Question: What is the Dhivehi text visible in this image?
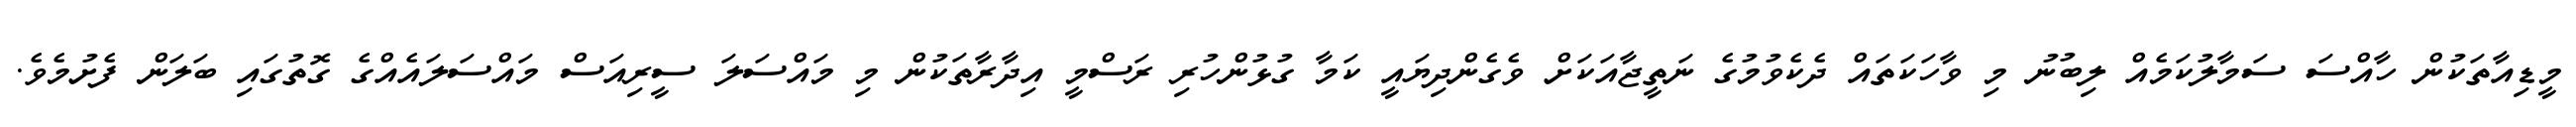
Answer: މީޑިއާތަކުން ހާއްސަ ސަމާލުކަމެއް ލިބުނު މި ވާހަކަތައް ދެކެވުމުގެ ނަތީޖާއަކަށް ވެގެންދިޔައީ ކަމާ ގުޅުންހުރި ރަސްމީ އިދާރާތަކުން މި މައްސަލަ ސީރިއަސް މައްސަލައެއްގެ ގޮތުގައި ބަލަން ފެށުމެވެ.